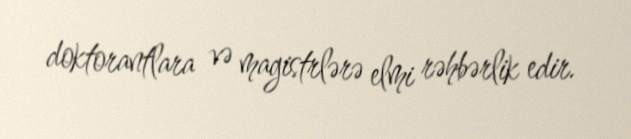
doktorantlara və magistrlərə elmi rəhbərlik edir.